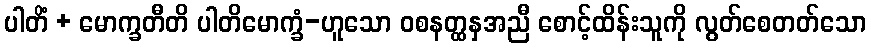
ပါတိံ + မောက္ခတီတိ ပါတိမောက္ခံ-ဟူသော ဝစနတ္ထနှအညီ စောင့်ထိန်းသူကို လွတ်စေတတ်သော